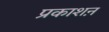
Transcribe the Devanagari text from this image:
प्रकाशऩ